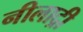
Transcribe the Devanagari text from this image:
नीलाद्री